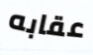
عقابه